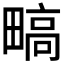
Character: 𬏐